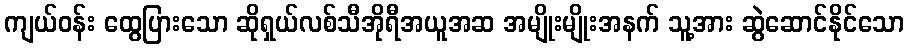
ကျယ်ဝန်း ထွေပြားသော ဆိုရှယ်လစ်သီအိုရီအယူအဆ အမျိုးမျိုးအနက် သူ့အား ဆွဲဆောင်နိုင်သော